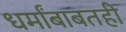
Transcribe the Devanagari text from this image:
धर्मांबाबतही